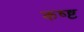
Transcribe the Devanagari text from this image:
कष्ष्ट